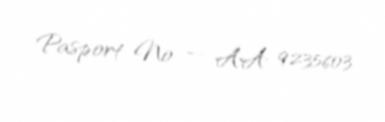
Pasport № — AA 9235603